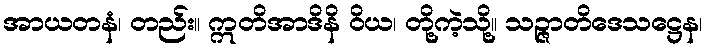
အာယတနံ၊ တည်း။ ဣတိအာဒိနိ ဝိယ၊ တို့ကဲ့သို့။ သဉ္ဇာတိဒေသဋ္ဌေန၊